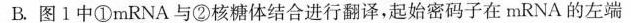
B.图1中①mRNA与②核糖体结合进行翻译，起始密码子在mRNA的左端